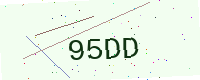
Text: 95DD